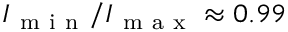
I _ { \mathrm { ~ m ~ i ~ n ~ } } / I _ { \mathrm { ~ m ~ a ~ x ~ } } \approx 0 . 9 9